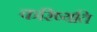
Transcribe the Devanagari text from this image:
करिष्यति